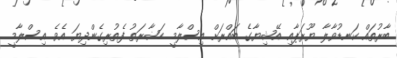
ބާރުތައް ކަނޑުވާލާ ޔޫރަޕާއި އޭޝިޔާގެ ބައްރަށް އިސްލާމީ ހަޟާރަތު ފެތުރިގެންދިޔަ އެވެ. އިސްލާމީ